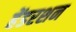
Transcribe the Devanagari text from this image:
हेंडरशन